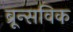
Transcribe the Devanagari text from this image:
ब्रून्सविक